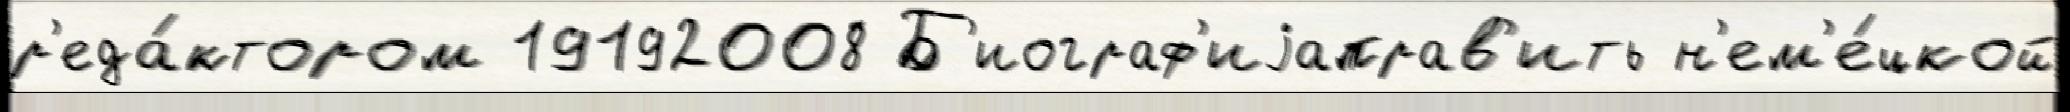
р'еда́ктором 19192008 Б'иограф'иjаправ'ить н'ем'е́цкой